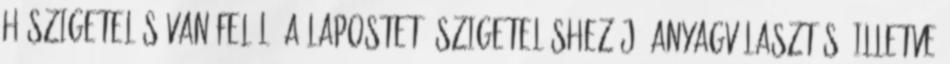
hőszigetelés van felül. A lapostető szigeteléshez jó anyagválasztás, illetve